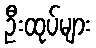
ဦးထုပ်များ